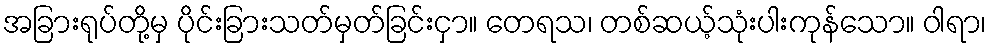
အခြားရုပ်တို့မှ ပိုင်းခြားသတ်မှတ်ခြင်းငှာ။ တေရသ၊ တစ်ဆယ့်သုံးပါးကုန်သော။ ဝါရာ၊